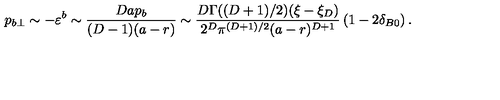
p _ { b \perp } \sim - \varepsilon ^ { b } \sim \frac { D a p _ { b } } { ( D - 1 ) ( a - r ) } \sim \frac { D \Gamma ( ( D + 1 ) / 2 ) ( \xi - \xi _ { D } ) } { 2 ^ { D } \pi ^ { ( D + 1 ) / 2 } ( a - r ) ^ { D + 1 } } \left( 1 - 2 \delta _ { B 0 } \right) .